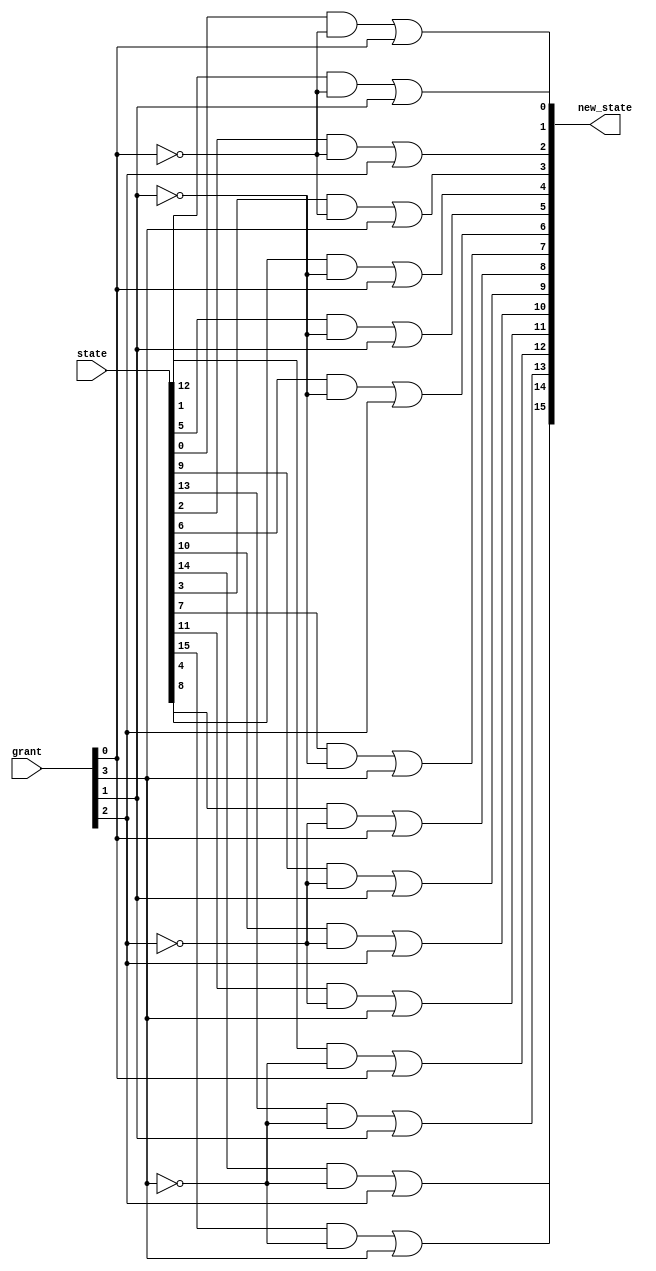
module comb_matrix_arb_next_state (state, grant, new_state);
   parameter size=4;
   
   input [size*size-1:0] state;
   input [size-1:0] grant;
   output [size*size-1:0] new_state;

   genvar i,j;
   
   generate
   for (i=0; i<size; i=i+1) begin:ol2
      for (j=0; j<size; j=j+1) begin:il2
         assign new_state[j*size+i]= (state[j*size+i]&&!grant[j])||(grant[i]);
      end
   end
   endgenerate

endmodule